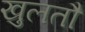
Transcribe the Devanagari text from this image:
खुलतौ